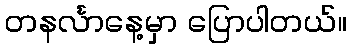
တနင်္လာနေ့မှာ ပြောပါတယ်။